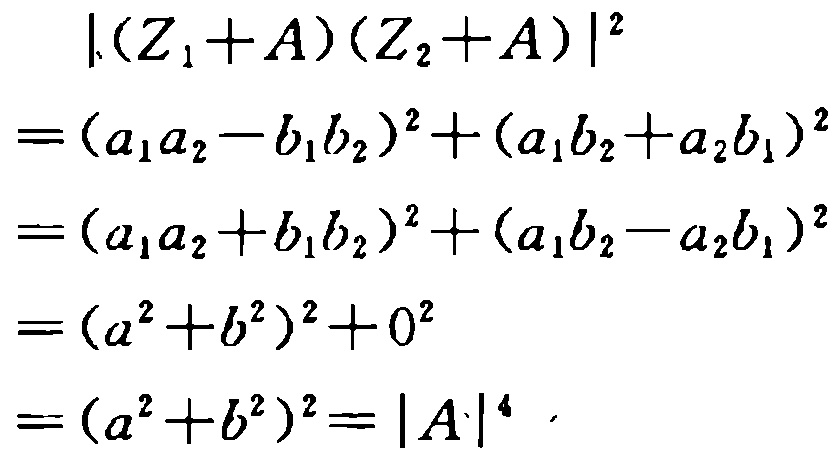
\[
\begin{align*}
|(Z_1 + A)(Z_2 + A)|^2&=(a_1a_2 - b_1b_2)^2+(a_1b_2 + a_2b_1)^2\\
&=(a_1a_2 + b_1b_2)^2+(a_1b_2 - a_2b_1)^2\\
&=(a^2 + b^2)^2+0^2\\
&=(a^2 + b^2)^2=|A|^4
\end{align*}
\]